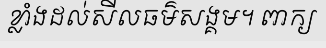
ខ្លាំងដល់សីលធម៌សង្គម។ ពាក្យ